Language: tamil
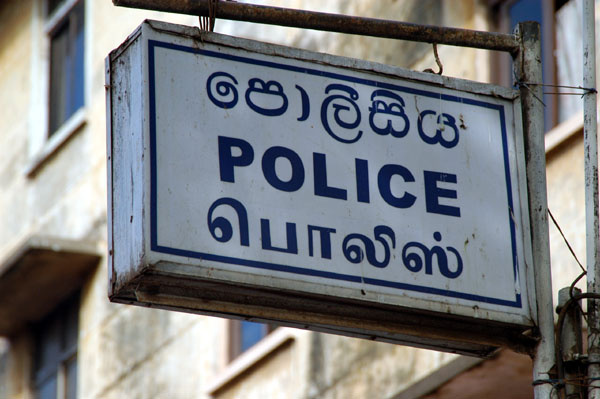
Transcription: பொலிஸ்